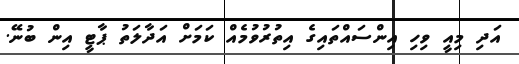
އަދި މިއީ ވިހި އިންސައްތައިގެ އިތުރުވުމެއް ކަމަށް އަދާލަތު ޕާޓީ އިން ބުނޭ.